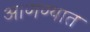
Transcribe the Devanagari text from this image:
आणण्यात